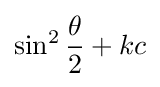
\sin ^{2}{\frac {\theta }{2}}+kc